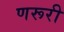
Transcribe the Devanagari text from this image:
णरूरी